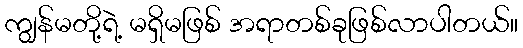
ကျွန်မတို့ရဲ့ မရှိမဖြစ် အရာတစ်ခုဖြစ်လာပါတယ်။